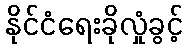
နိုင်ငံရေးခိုလှုံခွင့်